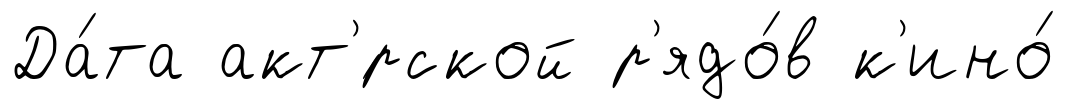
Да́та акт'́рской р'ядо́в к'ино́